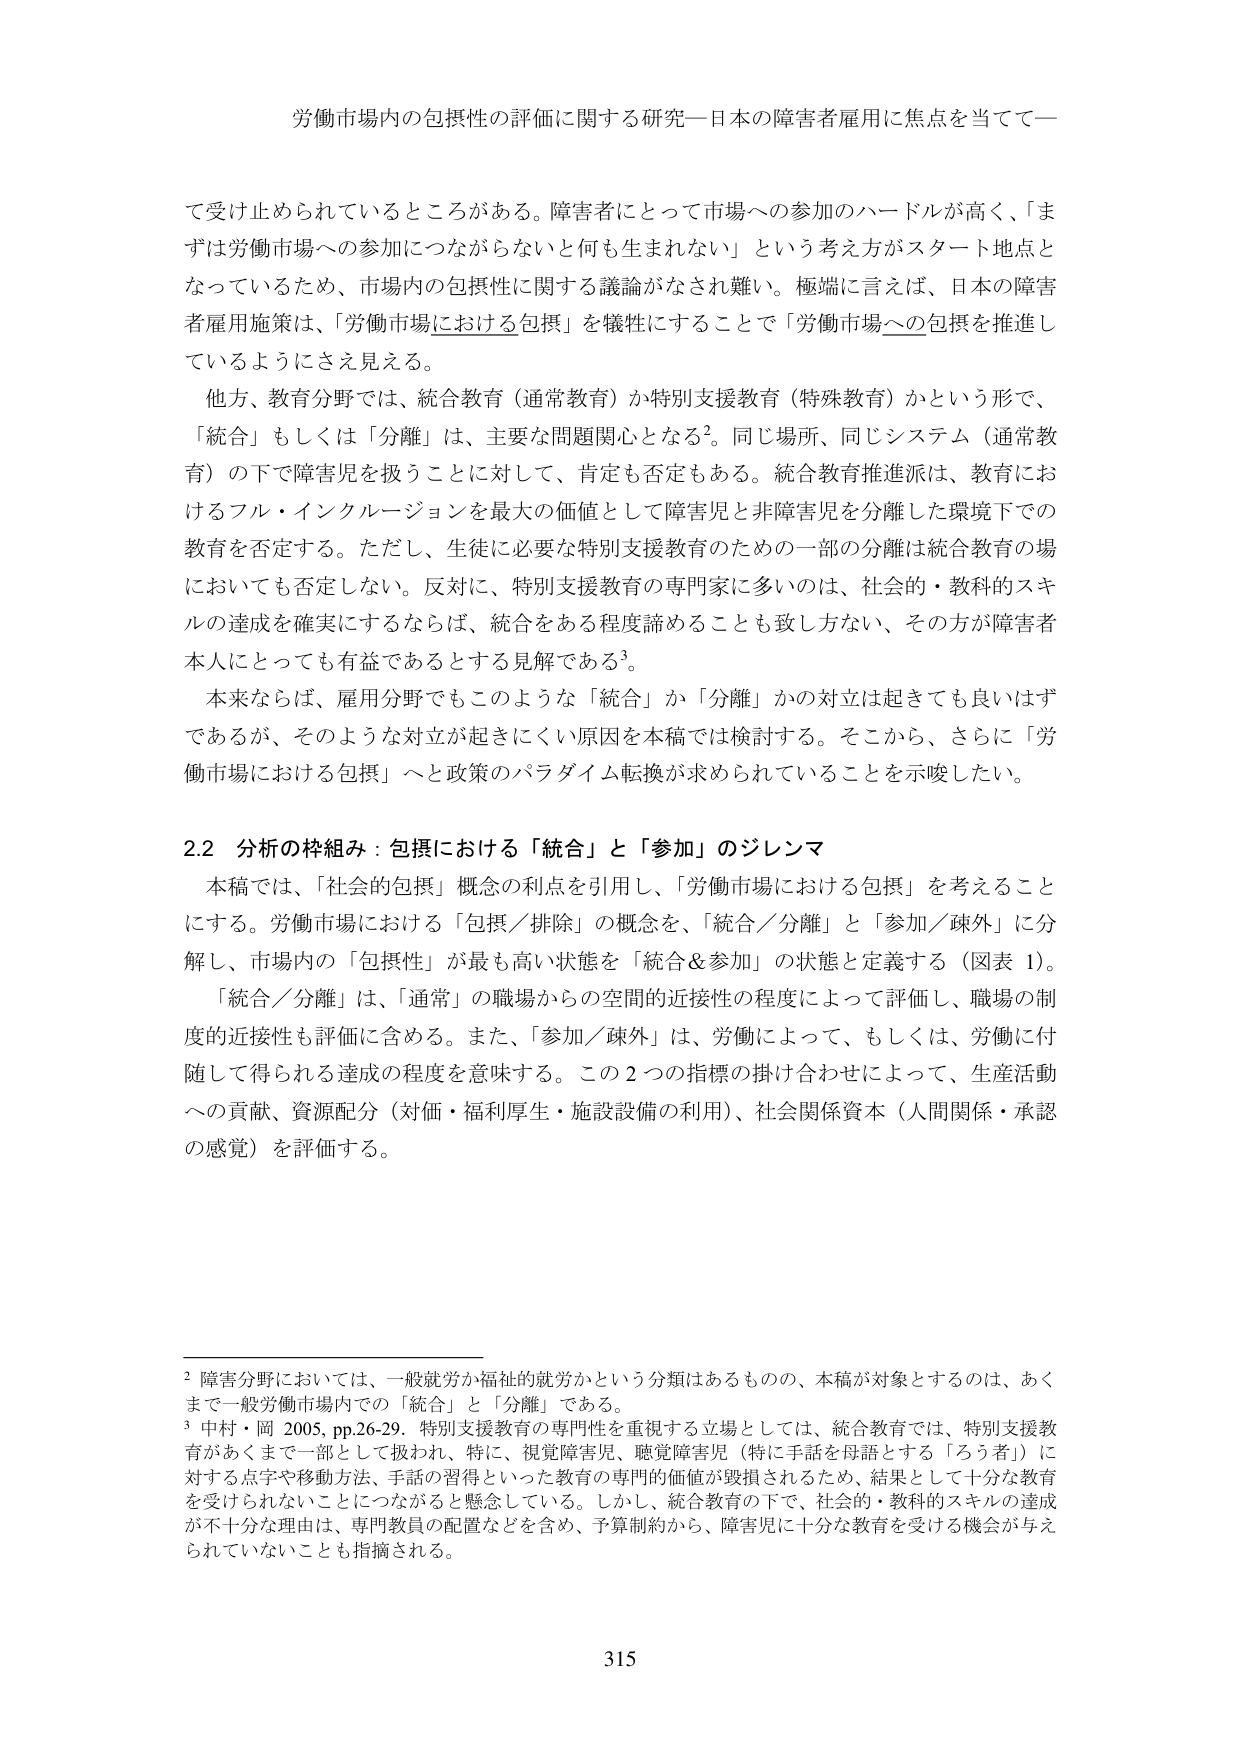
労働市場内の包摂性の評価に関する研究―日本の障害者雇用に焦点を当てて―

て受け止められているところがある。障害者にとって市場への参加のハードルが高く、「まずは労働市場への参加につながらないと何も生まれない」という考え方がスタート地点となっているため、市場内の包摂性に関する議論がなされ難い。極端に言えば、日本の障害者雇用施策は、「労働市場における包摂」を犠牲にすることで「労働市場への包摂を推進しているようにさえ見える。

他方、教育分野では、統合教育（通常教育）か特別支援教育（特殊教育）かという形で、「統合」もしくは「分離」は、主要な問題関心となる²。同じ場所、同じシステム（通常教育）の下で障害児を扱うことに対して、肯定も否定もある。統合教育推進派は、教育におけるフル・インクルージョンを最大の価値として障害児と非障害児を分離した環境下での教育を否定する。ただし、生徒に必要な特別支援教育のための一部の分離は統合教育の場においても否定しない。反対に、特別支援教育の専門家に多いのは、社会的・教科的スキルの達成を確実にするならば、統合をある程度諦めることも致し方ない、その方が障害者本人にとっても有益であるとする見解である³。

本来ならば、雇用分野でもこのような「統合」か「分離」かの対立は起きても良いはずであるが、そのような対立が起きにくい原因を本稿では検討する。そこから、さらに「労働市場における包摂」へと政策のパラダイム転換が求められていることを示唆したい。

2.2 分析の枠組み：包摂における「統合」と「参加」のジレンマ

本稿では、「社会的包摂」概念の利点を引用し、「労働市場における包摂」を考えることにする。労働市場における「包摂／排除」の概念を、「統合／分離」と「参加／疎外」に分解し、市場内の「包摂性」が最も高い状態を「統合＆参加」の状態と定義する（図表 1）。

「統合／分離」は、「通常」の職場からの空間的近接性の程度によって評価し、職場の制度的近接性も評価に含める。また、「参加／疎外」は、労働によって、もしくは、労働に付随して得られる達成の程度を意味する。この2つの指標の掛け合わせによって、生産活動への貢献、資源配分（対価・福利厚生・施設設備の利用）、社会関係資本（人間関係・承認の感覚）を評価する。

² 障害分野においては、一般就労か福祉的就労かという分類はあるものの、本稿が対象とするのは、あくまで一般労働市場内での「統合」と「分離」である。

³ 中村・岡 2005, pp.26-29. 特別支援教育の専門性を重視する立場としては、統合教育では、特別支援教育があくまで一部として扱われ、特に、視覚障害児、聴覚障害児（特に手話を母語とする「ろう者」）に対する点字や移動方法、手話の習得といった教育の専門的価値が毀損されるため、結果として十分な教育を受けられないことにつながると懸念している。しかし、統合教育の下で、社会的・教科的スキルの達成が不十分な理由は、専門教員の配置などを含め、予算制約から、障害児に十分な教育を受ける機会が与えられていないことも指摘される。

315